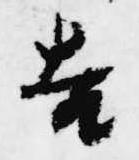
吉